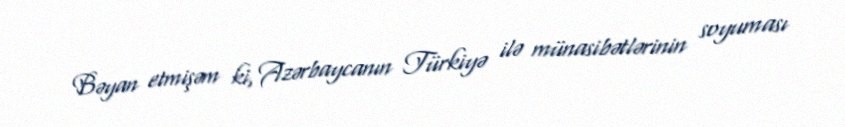
Bəyan etmişəm ki, Azərbaycanın Türkiyə ilə münasibətlərinin soyuması